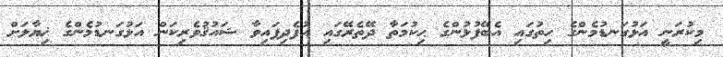
މިކުރަނީ އަޅުގަނޑުމެންގެ ހިތުގައި އެބޭފުޅުންގެ ޙިކުމަތާ ދޭތެރޭގައި އުފެދިފައިވާ ޝައުޤުވެރިކަން އަޅުގަނޑުމެންގެ ޚިޔާލަށް